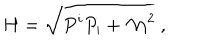
H = \sqrt { P ^ { i } P _ { i } + \mathcal { M } ^ { 2 } } \ ,